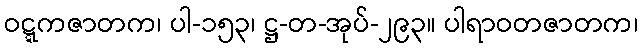
ဝဋ္ဋကဇာတက၊ ပါ-၁၅၃၊ ဋ္ဌ-တ-အုပ်-၂၉၃။ ပါရာဝတဇာတက၊